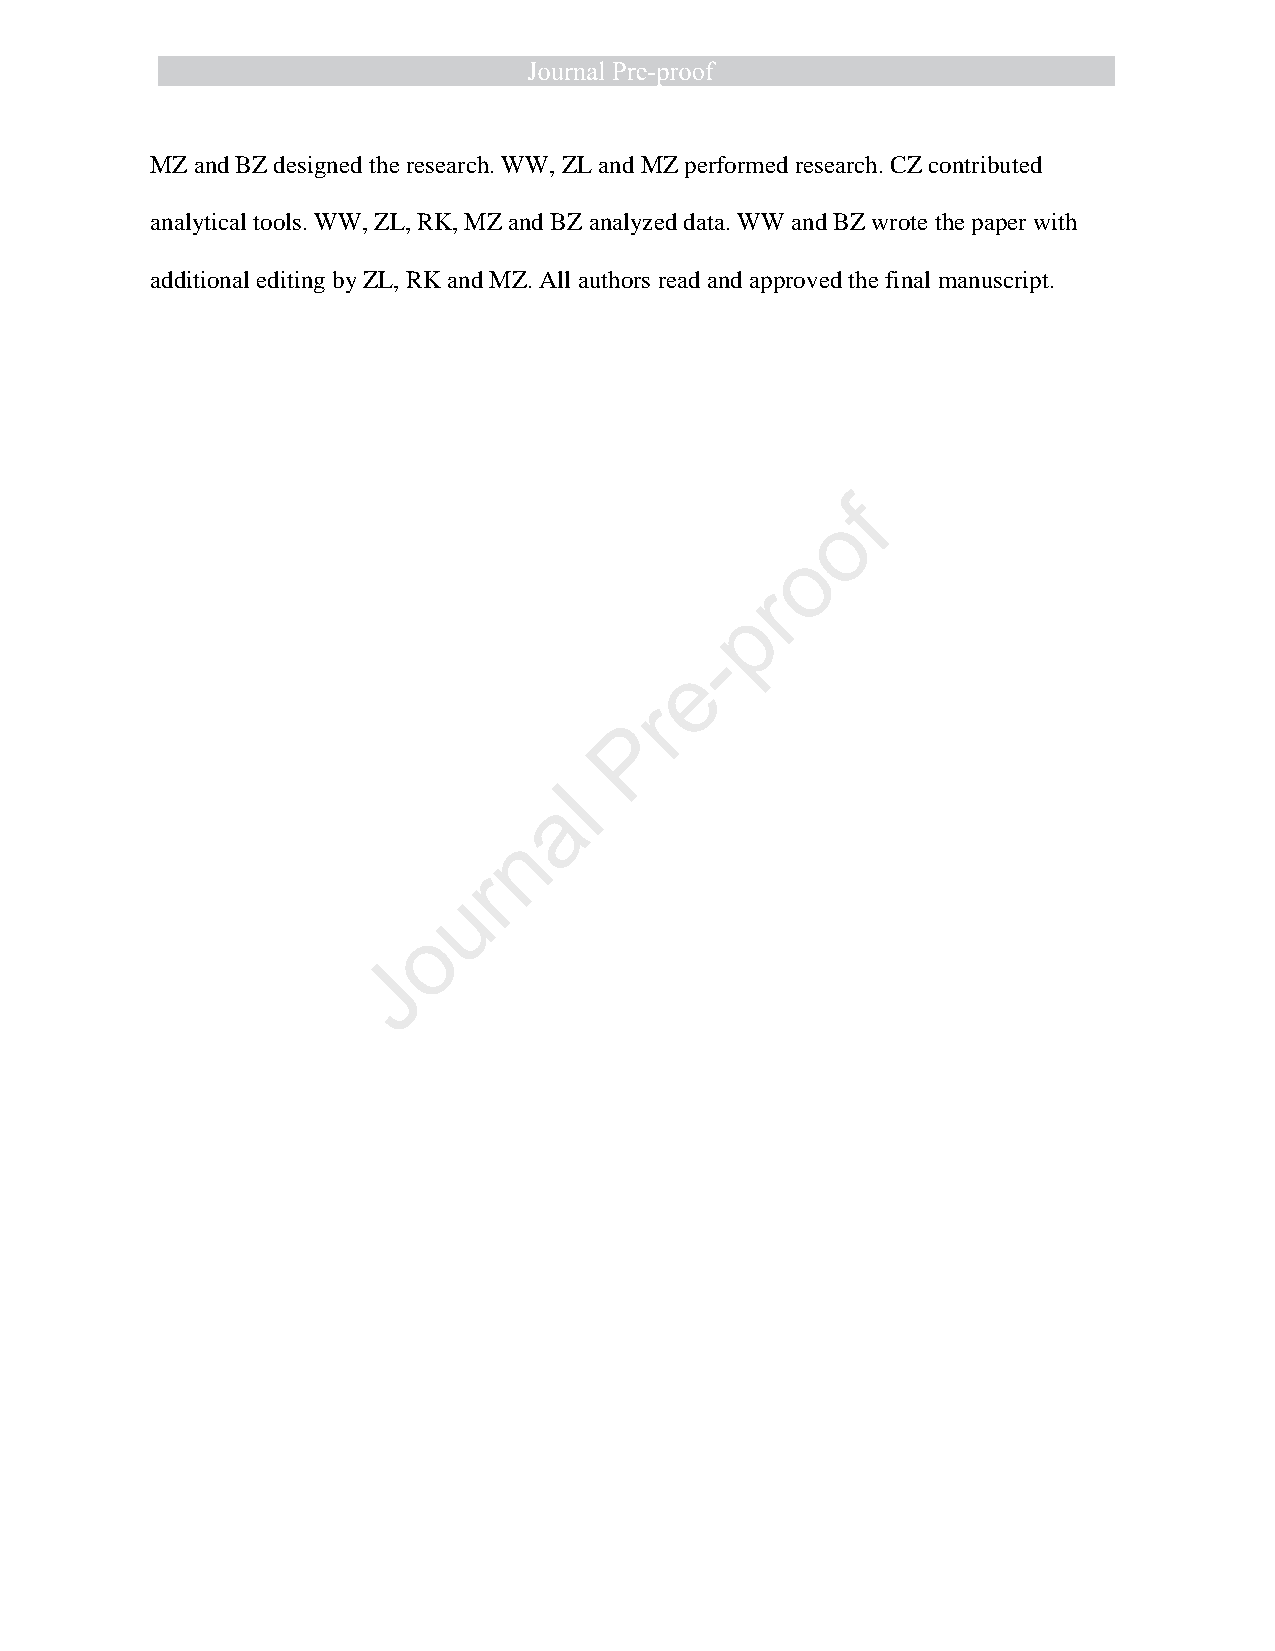
MZ and BZ designed the research. WW, ZL and MZ performed research. CZ contributed
 analytical tools. WW, ZL, RK, MZ and BZ analyzed data. WW and BZ wrote the paper with
 additional editing by ZL, RK and MZ. All authors read and approved the final manuscript.
 f
 o
 o
 r
 p
 -
 e
 r
 P
 l
 a
 n
 r
 u
 o
 J